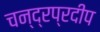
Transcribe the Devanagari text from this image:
चन्द्रप्रदीप